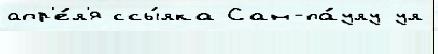
апр'е́л'я ссы́лка Сан-па́улу ул